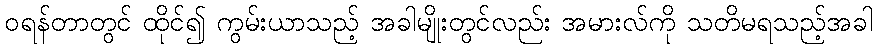
ဝရန်တာတွင် ထိုင်၍ ကွမ်းယာသည့် အခါမျိုးတွင်လည်း အမားလ်ကို သတိမရသည့်အခါ